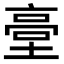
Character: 𡎲